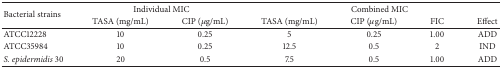
<table><thead><tr><td rowspan="2"><b>Bacterial strains</b></td><td colspan="2"><b>Individual MIC</b></td><td colspan="4"><b>Combined MIC</b></td></tr><tr><td><b>TASA (mg/mL)</b></td><td><b>CIP (<i>μ</i>g/mL)</b></td><td><b>TASA (mg/mL)</b></td><td><b>CIP (<i>μ</i>g/mL)</b></td><td><b>FIC</b></td><td><b>Effect</b></td></tr></thead><tbody><tr><td>ATCC12228</td><td>10</td><td>0.25</td><td>5</td><td>0.25</td><td>1.00</td><td>ADD</td></tr><tr><td>ATCC35984</td><td>10</td><td>0.25</td><td>12.5</td><td>0.5</td><td>2</td><td>IND</td></tr><tr><td><i>S. epidermidis</i> 30</td><td>20</td><td>0.5</td><td>7.5</td><td>0.5</td><td>1.00</td><td>ADD</td></tr></tbody></table>